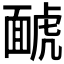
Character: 𱿑